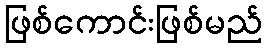
ဖြစ်ကောင်းဖြစ်မည်